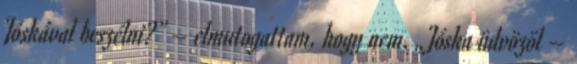
Jóskával beszélni?” – elmutogattam, hogy nem. „Jós­ka üdvözöl –